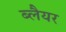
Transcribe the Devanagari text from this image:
ब्लैयर